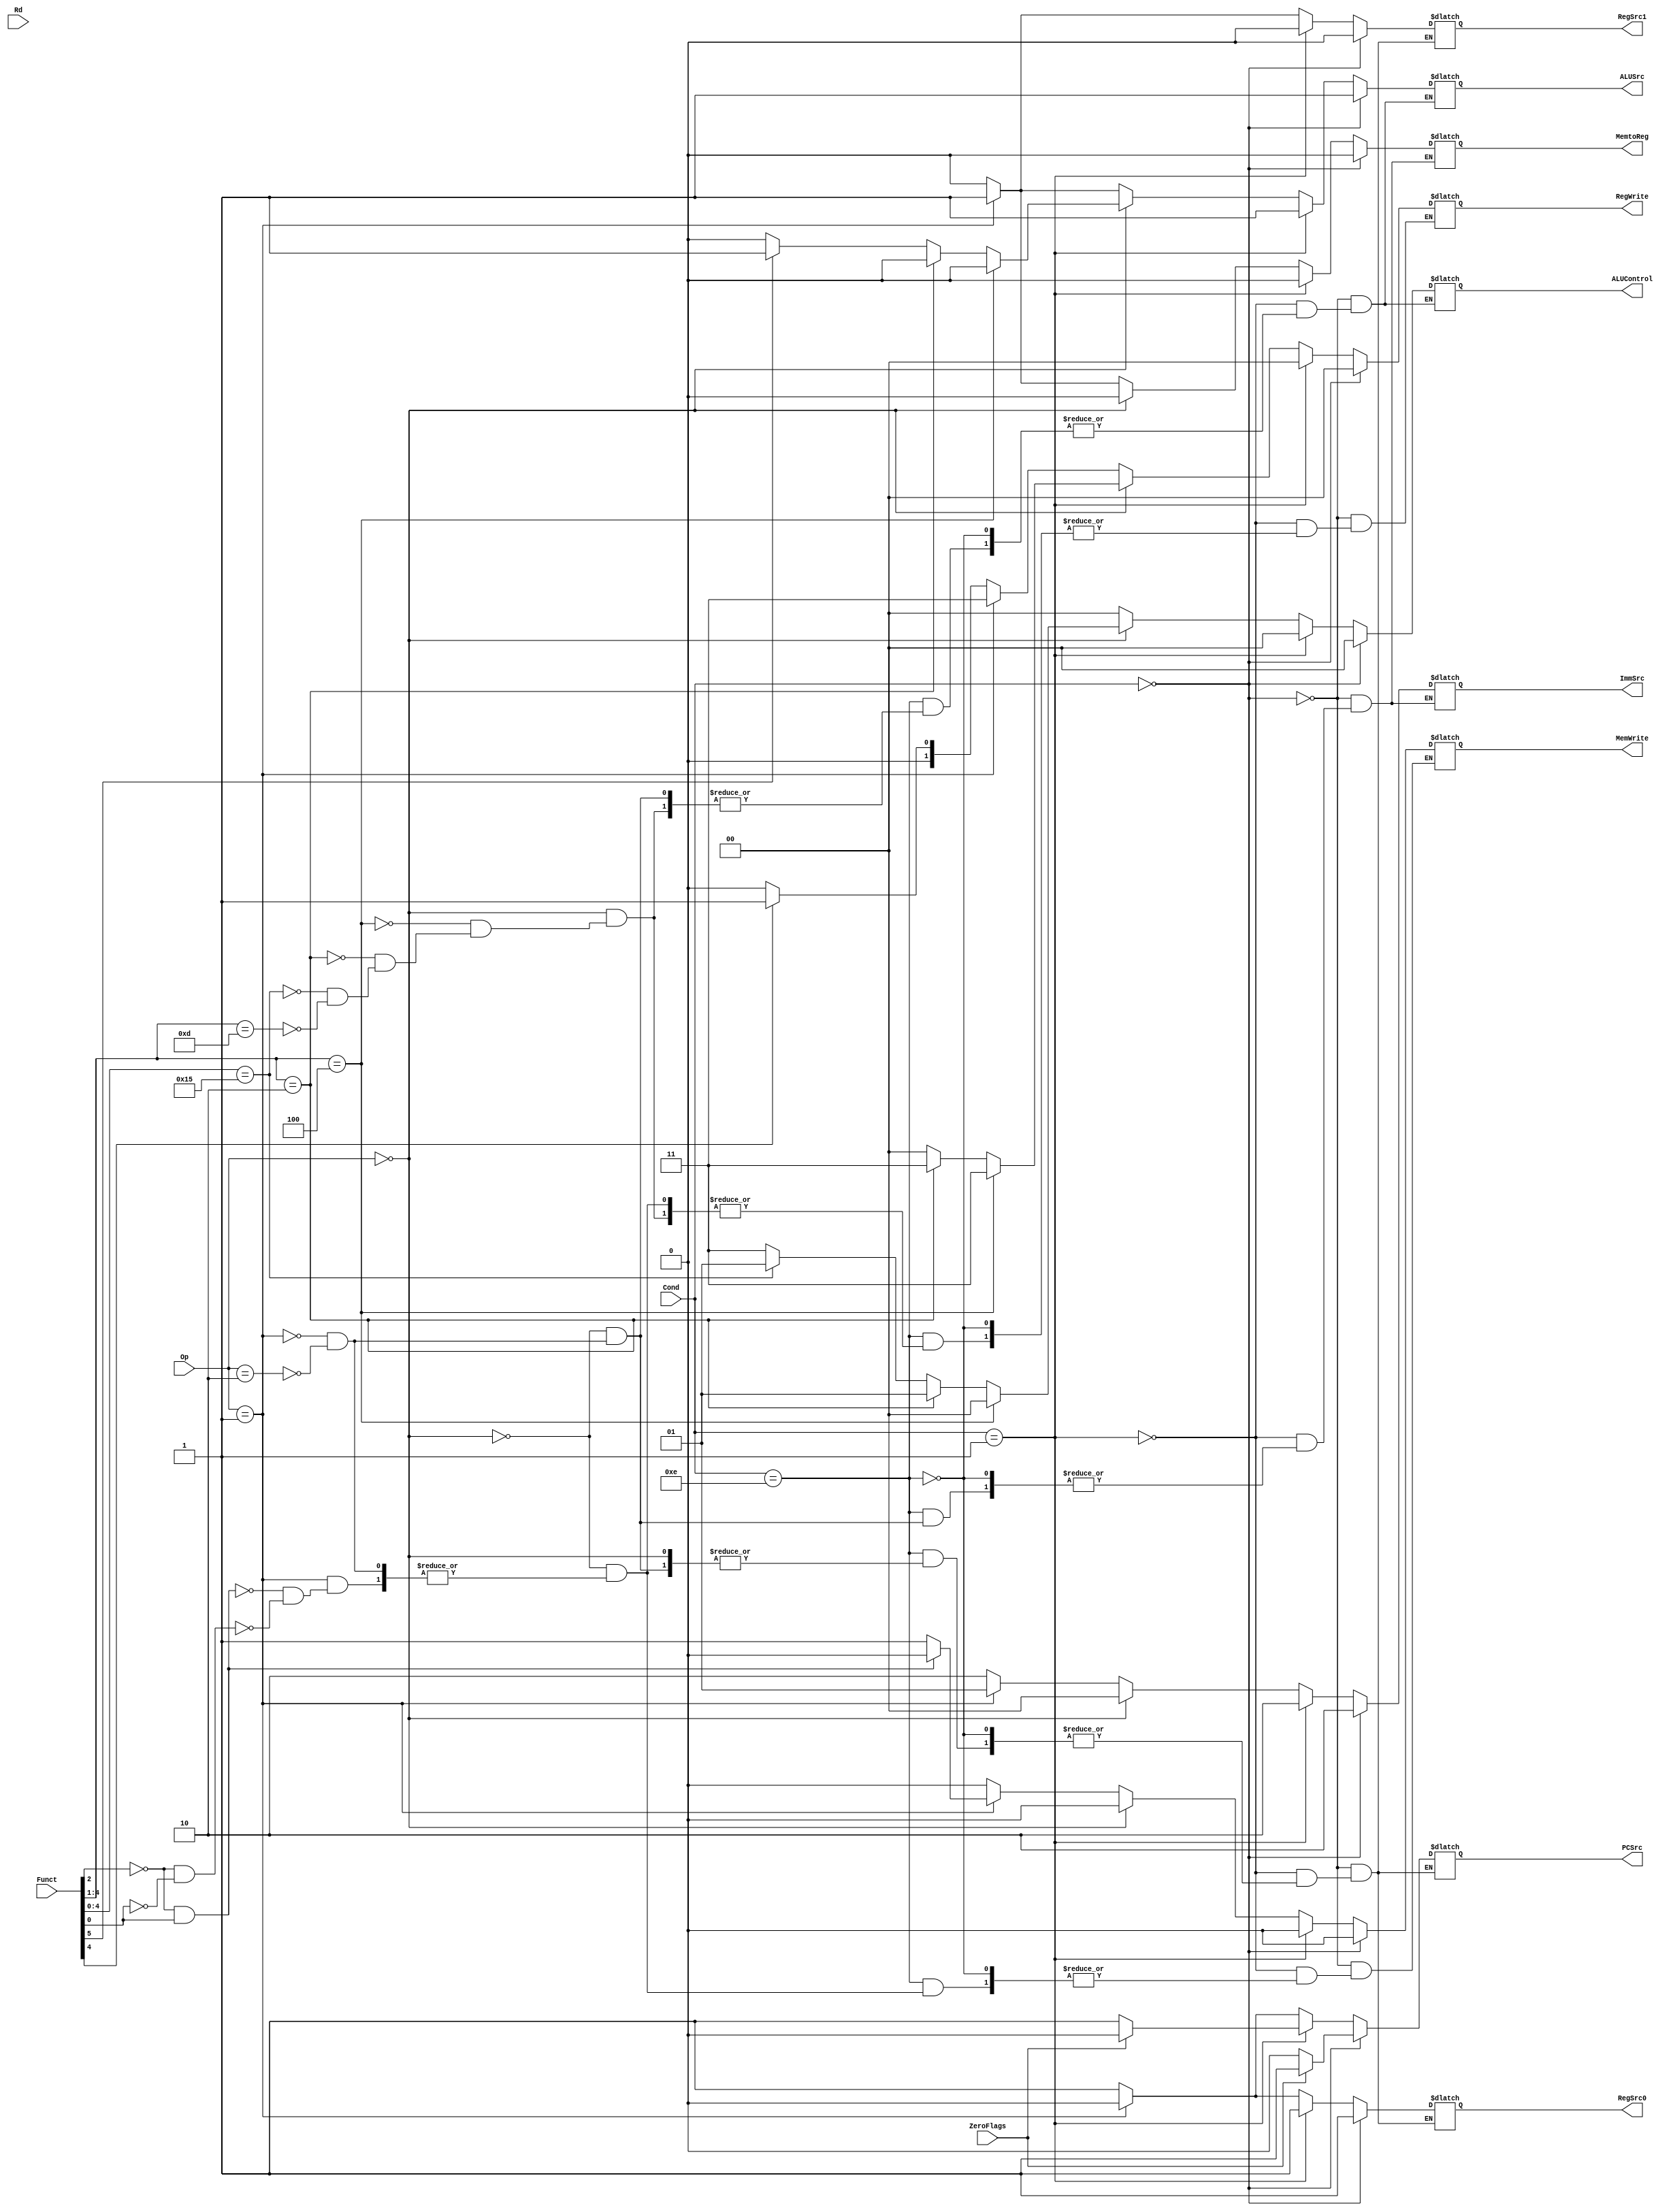
module ControlUnit(
   input[3:0] Cond,      //4bits
   input[1:0] Op,         //2bits
   input[5:0] Funct,      //6bits
   input[3:0] Rd,         //4bits
   input ZeroFlags,
   output reg PCSrc,//0
   output reg MemtoReg,//1
   output reg MemWrite,//2
   output reg [1:0] ALUControl,
   output reg ALUSrc,//3
   output reg [1:0] ImmSrc,//4                  need to check each immsrc ###
   output reg [1:0]RegWrite,//5               need to check each RegWrite
   output reg RegSrc0,//6
   output reg RegSrc1//7
   );
   
   reg zero;
   //Suffixes : EQ, NE, (AL) ... Cond
   //Instructions : Arithmetic : add, sub, cmp, mov / ldr, str / b, bl
   //addressing modes
   
   always @ (Cond or ZeroFlags or Op or Funct) begin
		zero = ZeroFlags;
      if(Cond == 4'b0000) begin      //EQ
         MemtoReg <= 1'b0;
         MemWrite <= 1'b0;
         ALUControl <= 2'b00;
         ALUSrc <= 1'b1;
         ImmSrc <= 2'b10;//not sure
         RegWrite <= 2'b00;
         RegSrc0 <= 1'b1;
         RegSrc1 <= 1'b0;
         if(zero == 1'b1) begin      //flag set ... EQ-equal case
            PCSrc <= 1'b1;
         end
         else begin  //flag reset ... EQ-not equal case
            PCSrc <= 1'b0;
         end
      end
      else if (Cond == 4'b0001) begin      //NE
         MemtoReg <= 1'b0;
         MemWrite <= 1'b0;
         ALUControl <= 2'b00;
         ALUSrc <= 1'b1;
         ImmSrc <= 2'b10;      //not sure
         RegWrite <= 2'b00;
         RegSrc0 <= 1'b1;
         RegSrc1 <= 1'b0;
         if(zero == 1'b1) begin      //flag set ... NE-
            PCSrc <= 1'b0;
         end
         else begin
            PCSrc <= 1'b1;
         end
      end
      else if (Cond ==4'b1110) begin      //AL - Arith/LW,SW/B
         if(Op == 2'b00) begin      //arithmatic
            MemtoReg <= 1'b0;
            MemWrite <= 1'b0;
            ImmSrc <= 2'b00;//not sure
            if(Funct[4:1]==4'b0100)begin      //add
               ALUSrc <= 1'b0;
               RegWrite <= 2'b11;
               ALUControl <= 2'b00;
            end
            else if(Funct[4:1]==4'b0010)begin      //subtract
               ALUSrc <= 1'b0;
               RegWrite <= 2'b11;
               ALUControl <= 2'b01;
            end
            else if(Funct[4:0]==5'b10101)begin      //cmp
               RegWrite <= 2'b00;
               ALUControl <= 2'b01;      //cuz we need to subtract each value to compare
               if(Funct[5] == 1'b1)
                  ALUSrc <= 1'b1;
               else
                  ALUSrc <= 1'b0;
            end
            else if(Funct[4:1]==4'b1101)begin      //mov inst
               ALUControl <= 2'b11;
               RegWrite <= 2'b00;
               if(Funct[5] == 1'b1)      //for imm
                  ALUSrc <= 1'b1;
               else         //for reg
                  ALUSrc <= 1'b0;
            end
         end
         else if(Op == 2'b01) begin      //lw, sw
            PCSrc <= 1'b0;
            MemtoReg <= 1'b1;
            ALUControl <= 2'b00;
            ALUSrc <= 1'b1;
            ImmSrc <= 2'b01;      //12bit for imm
            RegSrc0 <= 1'b0;
            RegSrc1 <= 1'b1;
            if (Funct[2]==1'b0 && Funct[0]==1'b0) begin      //str
               MemWrite <= 1'b1;
               RegWrite <= 2'b11;
            end
            if (Funct[2]==1'b0 && Funct[0]==1'b1) begin      //ldr
               MemWrite <= 1'b0;
               RegWrite <= 2'b11;         
            end            
         end
         else if(Op == 2'b10) begin     //branch
         if(Funct[4] == 1'b0)begin
            ALUControl <= 2'b00;
            PCSrc <= 1'b1;
            MemtoReg <= 1'b0;
            MemWrite <= 1'b0;
            ALUSrc <= 1'b0;
            ImmSrc <= 2'b10;      //24bit offset
            RegWrite <= 2'b00;
            RegSrc0 <= 1'b1;
            RegSrc1 <= 1'b0; 
            end
         if(Funct[4] == 1'b1)begin
            ALUControl <= 2'b00;
            PCSrc <= 1'b1;
            MemtoReg <= 1'b0;
            MemWrite <= 1'b0;
            ALUSrc <= 1'b0;
            ImmSrc <= 2'b10;      //24bit offset
            RegWrite <= 2'b01;
            RegSrc0 <= 1'b1;
            RegSrc1 <= 1'b0; 
            end
         end
      end
   end
   
endmodule